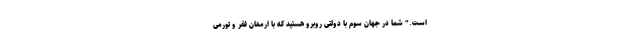
است." شما در جهان سوم با دولتی روبرو هستید که با ارمغان فقر و تورمی